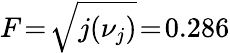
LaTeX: F\! =\! \sqrt{j(\nu_{j})}\! =\! 0.286